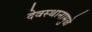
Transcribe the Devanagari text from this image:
देवस्थानामुळे